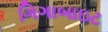
ગિગાબાઇટ